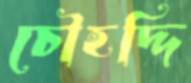
চৌহদ্দি